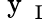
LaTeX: \mathrm{~y~}_{\mathrm{~I~}}